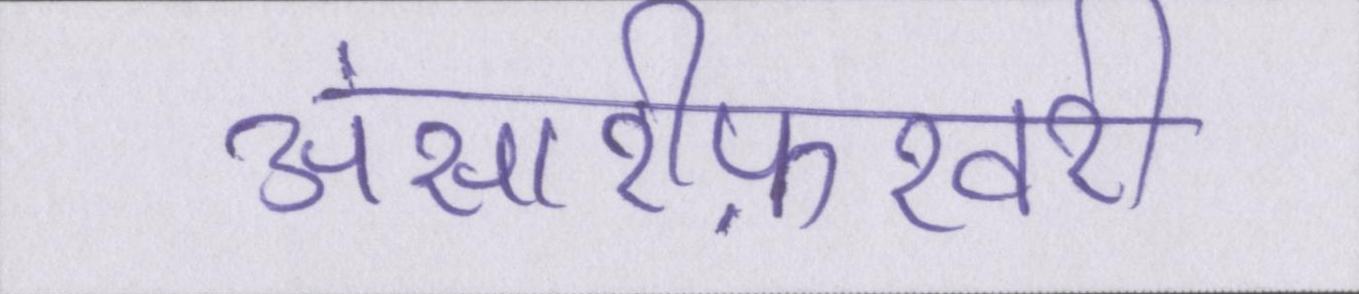
अंसारीफ़रवरी